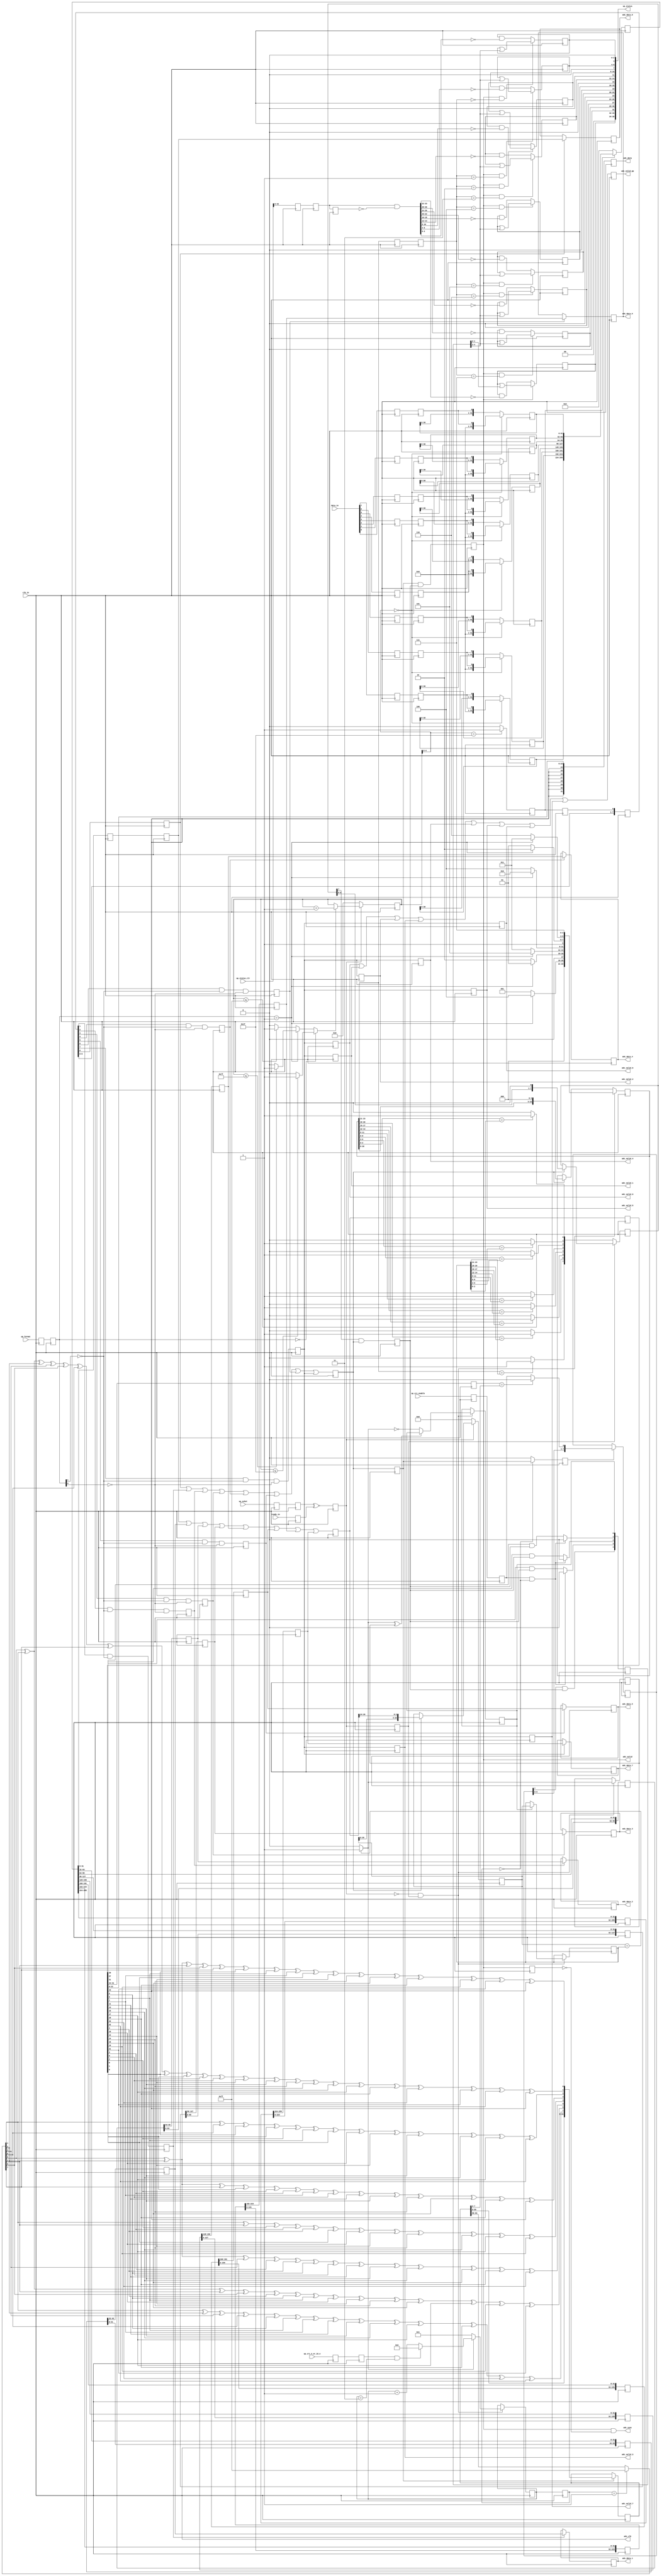
// ***************************************************************************
// ***************************************************************************
// Copyright 2014 - 2017 (c) Analog Devices, Inc. All rights reserved.
//
// In this HDL repository, there are many different and unique modules, consisting
// of various HDL (Verilog or VHDL) components. The individual modules are
// developed independently, and may be accompanied by separate and unique license
// terms.
//
// The user should read each of these license terms, and understand the
// freedoms and responsibilities that he or she has by using this source/core.
//
// This core is distributed in the hope that it will be useful, but WITHOUT ANY
// WARRANTY; without even the implied warranty of MERCHANTABILITY or FITNESS FOR
// A PARTICULAR PURPOSE.
//
// Redistribution and use of source or resulting binaries, with or without modification
// of this file, are permitted under one of the following two license terms:
//
//   1. The GNU General Public License version 2 as published by the
//      Free Software Foundation, which can be found in the top level directory
//      of this repository (LICENSE_GPL2), and also online at:
//      <https://www.gnu.org/licenses/old-licenses/gpl-2.0.html>
//
// OR
//
//   2. An ADI specific BSD license, which can be found in the top level directory
//      of this repository (LICENSE_ADIBSD), and also on-line at:
//      https://github.com/analogdevicesinc/hdl/blob/master/LICENSE_ADIBSD
//      This will allow to generate bit files and not release the source code,
//      as long as it attaches to an ADI device.
//
// ***************************************************************************
// ***************************************************************************

`timescale 1ns/100ps

module ad7768_if (

  // device-interface

  input                   clk_in,
  input                   ready_in,
  input       [ 7:0]      data_in,

  // data path interface

  output                  adc_clk,
  output  reg             adc_valid,
  output  reg             adc_valid_0,
  output  reg             adc_valid_1,
  output  reg             adc_valid_2,
  output  reg             adc_valid_3,
  output  reg             adc_valid_4,
  output  reg             adc_valid_5,
  output  reg             adc_valid_6,
  output  reg             adc_valid_7,
  output  reg             adc_valid_pp,
  output  reg [ 31:0]     adc_data,
  output  reg [ 31:0]     adc_data_0,
  output  reg [ 31:0]     adc_data_1,
  output  reg [ 31:0]     adc_data_2,
  output  reg [ 31:0]     adc_data_3,
  output  reg [ 31:0]     adc_data_4,
  output  reg [ 31:0]     adc_data_5,
  output  reg [ 31:0]     adc_data_6,
  output  reg [ 31:0]     adc_data_7,
  output                  adc_sync,

  // control interface

  input                   up_sshot,
  input       [ 1:0]      up_format,
  input                   up_crc_enable,
  input                   up_crc_4_or_16_n,
  input       [ 35:0]     up_status_clr,
  output      [ 35:0]     up_status);

  // internal registers

  reg     [  1:0]   adc_status_8 = 'd0;
  reg     [  2:0]   adc_status_7 = 'd0;
  reg     [  2:0]   adc_status_6 = 'd0;
  reg     [  2:0]   adc_status_5 = 'd0;
  reg     [  2:0]   adc_status_4 = 'd0;
  reg     [  2:0]   adc_status_3 = 'd0;
  reg     [  2:0]   adc_status_2 = 'd0;
  reg     [  2:0]   adc_status_1 = 'd0;
  reg     [  2:0]   adc_status_0 = 'd0;
  reg     [  2:0]   adc_seq = 'd0;
  reg     [  4:0]   adc_status = 'd0;
  reg     [ 63:0]   adc_crc_8 = 'd0;
  reg     [  7:0]   adc_crc_mismatch_int = 'd0;
  reg               adc_crc_valid = 'd0;
  reg     [  7:0]   adc_crc_data = 'd0;
  reg     [  7:0]   adc_crc_mismatch_8 = 'd0;
  reg               adc_valid_int = 'd0;
  reg     [ 31:0]   adc_data_int = 'd0;
  reg     [  2:0]   adc_seq_int = 'd0;
  reg               adc_enable_int = 'd0;
  reg     [  3:0]   adc_crc_scnt_int = 'd0;
  reg     [  3:0]   adc_crc_scnt_8 = 'd0;
  reg     [ 23:0]   adc_seq_data = 'd0;
  reg               adc_seq_fmatch = 'd0;
  reg     [ 23:0]   adc_seq_fdata = 'd0;
  reg               adc_seq_foos = 'd0;
  reg     [  7:0]   adc_enable_8 = 'd0;
  reg     [ 23:0]   adc_seq_8 = 'd0;
  reg               adc_valid_8 = 'd0;
  reg     [ 31:0]   adc_data_8 = 'd0;
  reg     [  7:0]   adc_ch_valid_d = 'd0;
  reg     [255:0]   adc_ch_data_d0 = 'd0;
  reg     [255:0]   adc_ch_data_d1 = 'd0;
  reg     [255:0]   adc_ch_data_d2 = 'd0;
  reg     [255:0]   adc_ch_data_d3 = 'd0;
  reg     [255:0]   adc_ch_data_d4 = 'd0;
  reg     [255:0]   adc_ch_data_d5 = 'd0;
  reg     [255:0]   adc_ch_data_d6 = 'd0;
  reg     [255:0]   adc_ch_data_d7 = 'd0;
  reg               adc_ch_valid_0 = 'd0;
  reg               adc_ch_valid_1 = 'd0;
  reg               adc_ch_valid_2 = 'd0;
  reg               adc_ch_valid_3 = 'd0;
  reg               adc_ch_valid_4 = 'd0;
  reg               adc_ch_valid_5 = 'd0;
  reg               adc_ch_valid_6 = 'd0;
  reg               adc_ch_valid_7 = 'd0;
  reg     [ 31:0]   adc_ch_data_0 = 'd0;
  reg     [ 31:0]   adc_ch_data_1 = 'd0;
  reg     [ 31:0]   adc_ch_data_2 = 'd0;
  reg     [ 31:0]   adc_ch_data_3 = 'd0;
  reg     [ 31:0]   adc_ch_data_4 = 'd0;
  reg     [ 31:0]   adc_ch_data_5 = 'd0;
  reg     [ 31:0]   adc_ch_data_6 = 'd0;
  reg     [ 31:0]   adc_ch_data_7 = 'd0;
  reg               adc_ch_valid = 'd0;
  reg     [255:0]   adc_ch_data = 'd0;
  reg     [  8:0]   adc_cnt_p = 'd0;
  reg               adc_valid_p = 'd0;
  reg     [255:0]   adc_data_p = 'd0;
  reg     [  7:0]   adc_data_d1 = 'd0;
  reg     [  7:0]   adc_data_d2 = 'd0;
  reg               adc_ready_d1 = 'd0;
  reg               adc_ready = 'd0;
  reg               adc_ready_d = 'd0;
  reg               adc_sshot_m1 = 'd0;
  reg               adc_sshot = 'd0;
  reg     [  1:0]   adc_format_m1 = 'd0;
  reg     [  1:0]   adc_format = 'd0;
  reg               adc_crc_enable_m1 = 'd0;
  reg               adc_crc_enable = 'd0;
  reg               adc_crc_4_or_16_n_m1 = 'd0;
  reg               adc_crc_4_or_16_n = 'd0;
  reg     [ 35:0]   adc_status_clr_m1 = 'd0;
  reg     [ 35:0]   adc_status_clr = 'd0;
  reg     [ 35:0]   adc_status_clr_d = 'd0;
  reg               adc_valid_d = 'd0;

  // internal signals

  wire    [  7:0]   adc_crc_in_s;
  wire    [  7:0]   adc_crc_s;
  wire              adc_crc_mismatch_s;
  wire              adc_seq_fmatch_s;
  wire              adc_seq_fupdate_s;
  wire    [  7:0]   adc_enable_8_s;
  wire    [ 23:0]   adc_seq_8_s;
  wire              adc_cnt_enable_1_s;
  wire              adc_cnt_enable_4_s;
  wire              adc_cnt_enable_8_s;
  wire              adc_cnt_enable_s;
  wire    [  7:0]   adc_data_in_s;
  wire              adc_ready_in_s;
  wire              adc_clk_in_s;
  wire    [ 35:0]   adc_status_clr_s;

  // function (crc)

  function  [ 7:0]  crc8;
    input   [23:0]  din;
    input   [ 7:0]  cin;
    reg     [ 7:0]  cout;
    begin
      cout[ 7] =  cin[ 1] ^ cin[ 2] ^ cin[ 4] ^ cin[ 6] ^ din[ 5] ^ din[ 6] ^ din[ 7] ^ din[11] ^
                  din[13] ^ din[15] ^ din[17] ^ din[18] ^ din[20] ^ din[22];
      cout[ 6] =  cin[ 0] ^ cin[ 1] ^ cin[ 3] ^ cin[ 5] ^ din[ 4] ^ din[ 5] ^ din[ 6] ^ din[10] ^
                  din[12] ^ din[14] ^ din[16] ^ din[17] ^ din[19] ^ din[21];
      cout[ 5] =  cin[ 0] ^ cin[ 2] ^ cin[ 4] ^ din[ 3] ^ din[ 4] ^ din[ 5] ^ din[ 9] ^ din[11] ^
                  din[13] ^ din[15] ^ din[16] ^ din[18] ^ din[20];
      cout[ 4] =  cin[ 1] ^ cin[ 3] ^ din[ 2] ^ din[ 3] ^ din[ 4] ^ din[ 8] ^ din[10] ^ din[12] ^
                  din[14] ^ din[15] ^ din[17] ^ din[19];
      cout[ 3] =  cin[ 0] ^ cin[ 2] ^ cin[ 7] ^ din[ 1] ^ din[ 2] ^ din[ 3] ^ din[ 7] ^ din[ 9] ^
                  din[11] ^ din[13] ^ din[14] ^ din[16] ^ din[18] ^ din[23];
      cout[ 2] =  cin[ 1] ^ cin[ 6] ^ din[ 0] ^ din[ 1] ^ din[ 2] ^ din[ 6] ^ din[ 8] ^ din[10] ^
                  din[12] ^ din[13] ^ din[15] ^ din[17] ^ din[22];
      cout[ 1] =  cin[ 0] ^ cin[ 1] ^ cin[ 2] ^ cin[ 4] ^ cin[ 5] ^ cin[ 6] ^ cin[ 7] ^ din[ 0] ^
                  din[ 1] ^ din[ 6] ^ din[ 9] ^ din[12] ^ din[13] ^ din[14] ^ din[15] ^ din[16] ^
                  din[17] ^ din[18] ^ din[20] ^ din[21] ^ din[22] ^ din[23];
      cout[ 0] =  cin[ 0] ^ cin[ 2] ^ cin[ 3] ^ cin[ 5] ^ cin[ 7] ^ din[ 0] ^ din[ 6] ^ din[ 7] ^
                  din[ 8] ^ din[12] ^ din[14] ^ din[16] ^ din[18] ^ din[19] ^ din[21] ^ din[23];
      crc8 = cout;
    end
  endfunction

  // status

  assign up_status[35:32] = {2'd0, adc_status_8};
  assign up_status[31:28] = {1'd0, adc_status_7};
  assign up_status[27:24] = {1'd0, adc_status_6};
  assign up_status[23:20] = {1'd0, adc_status_5};
  assign up_status[19:16] = {1'd0, adc_status_4};
  assign up_status[15:12] = {1'd0, adc_status_3};
  assign up_status[11: 8] = {1'd0, adc_status_2};
  assign up_status[ 7: 4] = {1'd0, adc_status_1};
  assign up_status[ 3: 0] = {1'd0, adc_status_0};

  assign adc_ready_in_s = ready_in;
  assign adc_clk = clk_in;

  always @(posedge adc_clk) begin
    if (adc_valid == 1'b1) begin
      adc_status_8 <= adc_status_8 | adc_status[1:0];
    end else begin
      adc_status_8 <= adc_status_8 & ~adc_status_clr_s[33:32];
    end
    if ((adc_valid == 1'b1) && (adc_seq[2:0] == 3'd7)) begin
      adc_status_7 <= adc_status_7 | adc_status[4:2];
    end else begin
      adc_status_7 <= adc_status_7 & ~adc_status_clr_s[30:28];
    end
    if ((adc_valid == 1'b1) && (adc_seq[2:0] == 3'd6)) begin
      adc_status_6 <= adc_status_6 | adc_status[4:2];
    end else begin
      adc_status_6 <= adc_status_6 & ~adc_status_clr_s[26:24];
    end
    if ((adc_valid == 1'b1) && (adc_seq[2:0] == 3'd5)) begin
      adc_status_5 <= adc_status_5 | adc_status[4:2];
    end else begin
      adc_status_5 <= adc_status_5 & ~adc_status_clr_s[22:20];
    end
    if ((adc_valid == 1'b1) && (adc_seq[2:0] == 3'd4)) begin
      adc_status_4 <= adc_status_4 | adc_status[4:2];
    end else begin
      adc_status_4 <= adc_status_4 & ~adc_status_clr_s[18:16];
    end
    if ((adc_valid == 1'b1) && (adc_seq[2:0] == 3'd3)) begin
      adc_status_3 <= adc_status_3 | adc_status[4:2];
    end else begin
      adc_status_3 <= adc_status_3 & ~adc_status_clr_s[14:12];
    end
    if ((adc_valid == 1'b1) && (adc_seq[2:0] == 3'd2)) begin
      adc_status_2 <= adc_status_2 | adc_status[4:2];
    end else begin
      adc_status_2 <= adc_status_2 & ~adc_status_clr_s[10: 8];
    end
    if ((adc_valid == 1'b1) && (adc_seq[2:0] == 3'd1)) begin
      adc_status_1 <= adc_status_1 | adc_status[4:2];
    end else begin
      adc_status_1 <= adc_status_1 & ~adc_status_clr_s[ 6: 4];
    end
    if ((adc_valid == 1'b1) && (adc_seq[2:0] == 3'd0)) begin
      adc_status_0 <= adc_status_0 | adc_status[4:2];
    end else begin
      adc_status_0 <= adc_status_0 & ~adc_status_clr_s[ 2: 0];
    end
  end

  // data & status

  always @(posedge adc_clk) begin
    adc_valid_d <= adc_valid;
  end
  assign adc_sync = adc_valid & ~adc_valid_d;

  always @(posedge adc_clk) begin
    adc_valid <= adc_valid_int & adc_enable_int;
    adc_data <= {{8{adc_data_int[23]}}, adc_data_int[23:0]};
    if (adc_ch_valid_0 == 1'b1) begin
      adc_data_0 <= adc_ch_data_0;
    end
    if (adc_ch_valid_1 == 1'b1) begin
      adc_data_1 <= adc_ch_data_1;
    end
    if (adc_ch_valid_2 == 1'b1) begin
      adc_data_2 <= adc_ch_data_2;
    end
    if (adc_ch_valid_3 == 1'b1) begin
      adc_data_3 <= adc_ch_data_3;
    end
    if (adc_ch_valid_4 == 1'b1) begin
      adc_data_4 <= adc_ch_data_4;
    end
    if (adc_ch_valid_5 == 1'b1) begin
      adc_data_5 <= adc_ch_data_5;
    end
    if (adc_ch_valid_6 == 1'b1) begin
      adc_data_6 <= adc_ch_data_6;
    end
    if (adc_ch_valid_7 == 1'b1) begin
      adc_data_7 <= adc_ch_data_7;
    end
    adc_seq <= adc_seq_int;
    adc_valid_0 <= adc_ch_valid_7;
    adc_valid_1 <= adc_ch_valid_7;
    adc_valid_2 <= adc_ch_valid_7;
    adc_valid_3 <= adc_ch_valid_7;
    adc_valid_4 <= adc_ch_valid_7;
    adc_valid_5 <= adc_ch_valid_7;
    adc_valid_6 <= adc_ch_valid_7;
    adc_valid_7 <= adc_ch_valid_7;
    adc_valid_pp <= adc_valid_0 | adc_valid_1 | adc_valid_2 | adc_valid_3 |
	            adc_valid_4 | adc_valid_5 | adc_valid_6 | adc_valid_7;
    if ((adc_crc_enable == 1'b1) && (adc_crc_scnt_int == 4'd0)) begin
      adc_status[4] <= adc_crc_mismatch_8[7] & adc_enable_int;
      adc_status[3] <= 1'b0;
      adc_status[2] <= 1'b0;
      adc_status[1] <= 1'b0;
      adc_status[0] <= adc_seq_foos;
    end else begin
      adc_status[4] <= adc_crc_mismatch_8[7] & adc_enable_int;
      adc_status[3] <= adc_data_int[30] & adc_enable_int;
      adc_status[2] <= adc_data_int[27] & adc_enable_int;
      adc_status[1] <= adc_data_int[31] & adc_enable_int;
      adc_status[0] <= adc_seq_foos;
    end
  end

  // crc- not much useful at the interface, since it is post-framing

  assign adc_crc_in_s = (adc_crc_scnt_int == 4'd1) ? 8'hff : adc_crc_8[63:56];
  assign adc_crc_s = crc8(adc_data_int[23:0], adc_crc_in_s);
  assign adc_crc_mismatch_s = (adc_crc_data == adc_crc_8[7:0]) ? 1'b0 : adc_crc_enable;

  always @(posedge adc_clk) begin
    if (adc_valid_int == 1'b1) begin
      adc_crc_8 <= {adc_crc_8[55:0], adc_crc_s};
    end
    if (adc_valid_int == 1'b1) begin
      adc_crc_mismatch_int <= {adc_crc_mismatch_int[6:0], 1'd0};
    end else begin
      adc_crc_mismatch_int <= adc_crc_mismatch_8;
    end
    if (adc_crc_scnt_int == 4'd0) begin
      adc_crc_valid <= adc_valid_int;
    end else begin
      adc_crc_valid <= 1'd0;
    end
    adc_crc_data <= adc_data_int[31:24];
    if (adc_crc_valid == 1'b1) begin
      adc_crc_mismatch_8 <= {adc_crc_mismatch_8[6:0], adc_crc_mismatch_s};
    end
  end

  // data interleaved & all-aligned

  always @(posedge adc_clk) begin
    adc_valid_int <= adc_valid_8;
    adc_data_int <= adc_data_8;
    adc_seq_int <= adc_seq_8[23:21];
    adc_enable_int <= adc_enable_8[7] & adc_valid_8;
    adc_crc_scnt_int <= adc_crc_scnt_8;
  end

  // crc- count

  always @(posedge adc_clk) begin
    if ((adc_ready == 1'b0) && (adc_ready_d == 1'b1)) begin
      if (adc_seq_fmatch_s == 1'b0) begin
        adc_crc_scnt_8 <= 4'd1;
      end else if ((adc_crc_4_or_16_n == 1'b1) && (adc_crc_scnt_8 == 4'h3)) begin
        adc_crc_scnt_8 <= 4'd0;
      end else begin
        adc_crc_scnt_8 <= adc_crc_scnt_8 + 1'b1;
      end
    end
  end

  // three sample framing logic

  always @(posedge adc_clk) begin
    if (adc_ready == 1'b0) begin
      adc_seq_data <= 24'd0;
    end else if (adc_valid_8 == 1'b1) begin
      adc_seq_data <= {adc_seq_data[20:0], adc_data_8[26:24]};
    end
  end

  assign adc_seq_fmatch_s = (adc_seq_data == adc_seq_fdata) ? 1'b1 : 1'b0;
  assign adc_seq_fupdate_s = adc_seq_fmatch_s ^ adc_seq_fmatch;

  always @(posedge adc_clk) begin
    if ((adc_ready == 1'b0) && (adc_ready_d == 1'b1)) begin
      adc_seq_fmatch <= adc_seq_fmatch_s;
      if (adc_seq_foos == 1'b1) begin
        adc_seq_fdata <= adc_seq_data;
      end
      if (adc_seq_fupdate_s == 1'b0) begin
        adc_seq_foos <= ~adc_seq_fmatch_s;
      end
    end
  end

  // we are cluless on 0 -- safe to compare all 32bits against 0x0?

  assign adc_enable_8_s[7] = (adc_seq_8[23:21] == adc_seq_fdata[23:21]) ? 1'b1 : 1'b0;
  assign adc_enable_8_s[6] = (adc_seq_8[20:18] == adc_seq_fdata[20:18]) ? 1'b1 : 1'b0;
  assign adc_enable_8_s[5] = (adc_seq_8[17:15] == adc_seq_fdata[17:15]) ? 1'b1 : 1'b0;
  assign adc_enable_8_s[4] = (adc_seq_8[14:12] == adc_seq_fdata[14:12]) ? 1'b1 : 1'b0;
  assign adc_enable_8_s[3] = (adc_seq_8[11: 9] == adc_seq_fdata[11: 9]) ? 1'b1 : 1'b0;
  assign adc_enable_8_s[2] = (adc_seq_8[ 8: 6] == adc_seq_fdata[ 8: 6]) ? 1'b1 : 1'b0;
  assign adc_enable_8_s[1] = (adc_seq_8[ 5: 3] == adc_seq_fdata[ 5: 3]) ? 1'b1 : 1'b0;
  assign adc_enable_8_s[0] = (adc_seq_8[ 2: 0] == adc_seq_fdata[ 2: 0]) ? 1'b1 : 1'b0;

  always @(posedge adc_clk) begin
    if (adc_ready_d == 1'b0) begin
      adc_enable_8 <= adc_enable_8_s;
    end else if (adc_valid_8 == 1'b1) begin
      adc_enable_8 <= {adc_enable_8[6:0], 1'd0};
    end
  end

  // channel-sequence

  assign adc_seq_8_s[23:21] = (adc_format == 2'b01) ? 3'd0 : 3'd0;
  assign adc_seq_8_s[20:18] = (adc_format == 2'b01) ? 3'd4 : 3'd1;
  assign adc_seq_8_s[17:15] = (adc_format == 2'b01) ? 3'd1 : 3'd2;
  assign adc_seq_8_s[14:12] = (adc_format == 2'b01) ? 3'd5 : 3'd3;
  assign adc_seq_8_s[11: 9] = (adc_format == 2'b01) ? 3'd2 : 3'd4;
  assign adc_seq_8_s[ 8: 6] = (adc_format == 2'b01) ? 3'd6 : 3'd5;
  assign adc_seq_8_s[ 5: 3] = (adc_format == 2'b01) ? 3'd3 : 3'd6;
  assign adc_seq_8_s[ 2: 0] = (adc_format == 2'b01) ? 3'd7 : 3'd7;

  always @(posedge adc_clk) begin
    if ((adc_ready == 1'b0) && (adc_ready_d == 1'b1)) begin
      adc_seq_8 <= adc_seq_8_s;
    end else if (adc_valid_8 == 1'b1) begin
      adc_seq_8 <= {adc_seq_8[20:0], 3'd0};
    end
  end

  // data (interleaving)

  always @(posedge adc_clk) begin
    adc_valid_8 <=  adc_ch_valid_0 | adc_ch_valid_1 | adc_ch_valid_2 | adc_ch_valid_3 |
                    adc_ch_valid_4 | adc_ch_valid_5 | adc_ch_valid_6 | adc_ch_valid_7;
    adc_data_8 <= adc_ch_data_0 | adc_ch_data_1 | adc_ch_data_2 | adc_ch_data_3 |
                  adc_ch_data_4 | adc_ch_data_5 | adc_ch_data_6 | adc_ch_data_7;
  end

  always @(posedge adc_clk) begin
    adc_ch_valid_d <= {adc_ch_valid_d[6:0], adc_ch_valid};
    adc_ch_data_d0[((32*0)+31):(32*0)] <= adc_ch_data[((32*0)+31):(32*0)];
    adc_ch_data_d0[((32*7)+31):(32*1)] <= adc_ch_data_d0[((32*6)+31):(32*0)];
    adc_ch_data_d1[((32*0)+31):(32*0)] <= adc_ch_data[((32*1)+31):(32*1)];
    adc_ch_data_d1[((32*7)+31):(32*1)] <= adc_ch_data_d1[((32*6)+31):(32*0)];
    adc_ch_data_d2[((32*0)+31):(32*0)] <= adc_ch_data[((32*2)+31):(32*2)];
    adc_ch_data_d2[((32*7)+31):(32*1)] <= adc_ch_data_d2[((32*6)+31):(32*0)];
    adc_ch_data_d3[((32*0)+31):(32*0)] <= adc_ch_data[((32*3)+31):(32*3)];
    adc_ch_data_d3[((32*7)+31):(32*1)] <= adc_ch_data_d3[((32*6)+31):(32*0)];
    adc_ch_data_d4[((32*0)+31):(32*0)] <= adc_ch_data[((32*4)+31):(32*4)];
    adc_ch_data_d4[((32*7)+31):(32*1)] <= adc_ch_data_d4[((32*6)+31):(32*0)];
    adc_ch_data_d5[((32*0)+31):(32*0)] <= adc_ch_data[((32*5)+31):(32*5)];
    adc_ch_data_d5[((32*7)+31):(32*1)] <= adc_ch_data_d5[((32*6)+31):(32*0)];
    adc_ch_data_d6[((32*0)+31):(32*0)] <= adc_ch_data[((32*6)+31):(32*6)];
    adc_ch_data_d6[((32*7)+31):(32*1)] <= adc_ch_data_d6[((32*6)+31):(32*0)];
    adc_ch_data_d7[((32*0)+31):(32*0)] <= adc_ch_data[((32*7)+31):(32*7)];
    adc_ch_data_d7[((32*7)+31):(32*1)] <= adc_ch_data_d7[((32*6)+31):(32*0)];
  end

  always @(posedge adc_clk) begin
    adc_ch_valid_0 <= adc_ch_valid_d[0];
    adc_ch_valid_1 <= adc_ch_valid_d[1] & ~adc_format[1];
    adc_ch_valid_2 <= adc_ch_valid_d[2] & ~adc_format[1] & ~adc_format[0];
    adc_ch_valid_3 <= adc_ch_valid_d[3] & ~adc_format[1] & ~adc_format[0];
    adc_ch_valid_4 <= adc_ch_valid_d[4] & ~adc_format[1] & ~adc_format[0];
    adc_ch_valid_5 <= adc_ch_valid_d[5] & ~adc_format[1] & ~adc_format[0];
    adc_ch_valid_6 <= adc_ch_valid_d[6] & ~adc_format[1] & ~adc_format[0];
    adc_ch_valid_7 <= adc_ch_valid_d[7] & ~adc_format[1] & ~adc_format[0];
    adc_ch_data_0 <= adc_ch_data_d0[((32*0)+31):(32*0)];
    adc_ch_data_1 <= adc_ch_data_d1[((32*1)+31):(32*1)];
    adc_ch_data_2 <= adc_ch_data_d2[((32*2)+31):(32*2)];
    adc_ch_data_3 <= adc_ch_data_d3[((32*3)+31):(32*3)];
    adc_ch_data_4 <= adc_ch_data_d4[((32*4)+31):(32*4)];
    adc_ch_data_5 <= adc_ch_data_d5[((32*5)+31):(32*5)];
    adc_ch_data_6 <= adc_ch_data_d6[((32*6)+31):(32*6)];
    adc_ch_data_7 <= adc_ch_data_d7[((32*7)+31):(32*7)];
  end

  always @(posedge adc_clk) begin
    adc_ch_valid <= adc_valid_p;
    if (adc_valid_p == 1'b1) begin
      adc_ch_data <= adc_data_p;
    end else begin
      adc_ch_data <= 256'd0;
    end
  end


  // data (common)

  assign adc_cnt_enable_1_s = (adc_cnt_p <= 9'h01f) ? 1'b1 : 1'b0;
  assign adc_cnt_enable_4_s = (adc_cnt_p <= 9'h07f) ? 1'b1 : 1'b0;
  assign adc_cnt_enable_8_s = (adc_cnt_p <= 9'h0ff) ? 1'b1 : 1'b0;

  assign adc_cnt_enable_s = (adc_format == 2'b00) ? adc_cnt_enable_1_s :
    ((adc_format == 2'b01) ? adc_cnt_enable_4_s : adc_cnt_enable_8_s);

  always @(posedge adc_clk) begin
    if (adc_ready == 1'b0) begin
      adc_cnt_p <= 9'h000;
    end else if (adc_cnt_enable_s == 1'b1) begin
      adc_cnt_p <= adc_cnt_p + 1'b1;
    end
    if (adc_cnt_p[4:0] == 5'h1f) begin
      adc_valid_p <= 1'b1;
    end else begin
      adc_valid_p <= 1'b0;
    end
  end

  // data (individual lanes)

  genvar n;
  generate
  for (n = 0; n < 8; n = n + 1) begin: g_data

  always @(posedge adc_clk) begin
    if (adc_cnt_p[4:0] == 5'h00) begin
      adc_data_p[((32*n)+31):(32*n)] <= {31'd0, adc_data_d2[n]};
    end else begin
      adc_data_p[((32*n)+31):(32*n)] <= {adc_data_p[((32*n)+30):(32*n)], adc_data_d2[n]};
    end
  end

  always @(posedge adc_clk) begin
    adc_data_d1[n] <= adc_data_in_s[n];
    adc_data_d2[n] <= adc_data_d1[n];
  end

  assign adc_data_in_s[n] = data_in[n];

  end
  endgenerate

  // ready (single shot or continous)

  always @(posedge adc_clk) begin
    adc_ready_d1 <= adc_ready_in_s;
    adc_ready <= adc_sshot ~^ adc_ready_d1;
    adc_ready_d <= adc_ready;
  end

  // control signals

  assign adc_status_clr_s = adc_status_clr & ~adc_status_clr_d;

  always @(posedge adc_clk) begin
    adc_sshot_m1 <= up_sshot;
    adc_sshot <= adc_sshot_m1;
    adc_format_m1 <= up_format;
    adc_format <= adc_format_m1;
    adc_crc_enable_m1 <= up_crc_enable;
    adc_crc_enable <= adc_crc_enable_m1;
    adc_crc_4_or_16_n_m1 <= up_crc_4_or_16_n;
    adc_crc_4_or_16_n <= adc_crc_4_or_16_n_m1;
    adc_status_clr_m1 <= up_status_clr;
    adc_status_clr <= adc_status_clr_m1;
    adc_status_clr_d <= adc_status_clr;
  end

endmodule

// ***************************************************************************
// ***************************************************************************